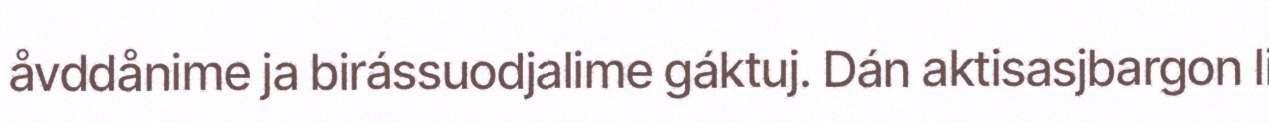
åvddånime ja birássuodjalime gáktuj. Dán aktisasjbargon li